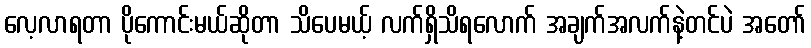
လေ့လာရတာ ပိုကောင်းမယ်ဆိုတာ သိပေမယ့် လက်ရှိသိရလောက် အချက်အလက်နဲ့တင်ပဲ အတော်